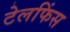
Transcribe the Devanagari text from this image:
टेलफिंस